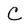
Character: C